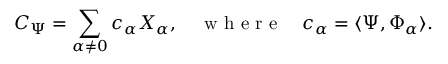
C _ { \Psi } = \sum _ { \alpha \neq 0 } c _ { \alpha } X _ { \alpha } , \quad \mathrm { ~ w ~ h ~ e ~ r ~ e ~ } \quad c _ { \alpha } = \langle \Psi , \Phi _ { \alpha } \rangle .